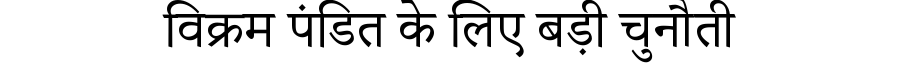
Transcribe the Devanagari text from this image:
विक्रम पंडित के लिए बड़ी चुनौती